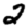
Digit: 2